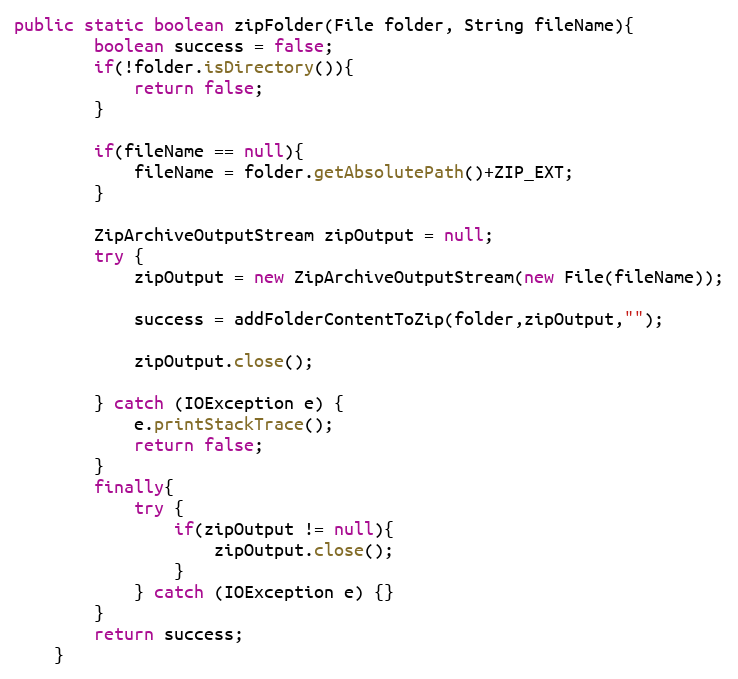
Language: Java
public static boolean zipFolder(File folder, String fileName){
		boolean success = false;
		if(!folder.isDirectory()){
			return false;
		}

		if(fileName == null){
			fileName = folder.getAbsolutePath()+ZIP_EXT;
		}

		ZipArchiveOutputStream zipOutput = null;
		try {
			zipOutput = new ZipArchiveOutputStream(new File(fileName));

			success = addFolderContentToZip(folder,zipOutput,"");

			zipOutput.close();

		} catch (IOException e) {
			e.printStackTrace();
			return false;
		}
		finally{
			try {
				if(zipOutput != null){
					zipOutput.close();
				}
			} catch (IOException e) {}
		}
		return success;
	}